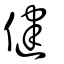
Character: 健